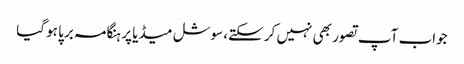
جواب آپ تصور بھی نہیں کر سکتے، سوشل میڈیا پر ہنگامہ برپا ہو گیا